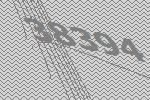
38394